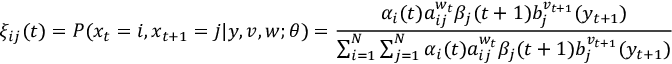
\xi _ { i j } ( t ) = P ( x _ { t } = i , x _ { t + 1 } = j | y , v , w ; \theta ) = { \frac { \alpha _ { i } ( t ) a _ { i j } ^ { w _ { t } } \beta _ { j } ( t + 1 ) b _ { j } ^ { v _ { t + 1 } } ( y _ { t + 1 } ) } { \sum _ { i = 1 } ^ { N } \sum _ { j = 1 } ^ { N } \alpha _ { i } ( t ) a _ { i j } ^ { w _ { t } } \beta _ { j } ( t + 1 ) b _ { j } ^ { v _ { t + 1 } } ( y _ { t + 1 } ) } }